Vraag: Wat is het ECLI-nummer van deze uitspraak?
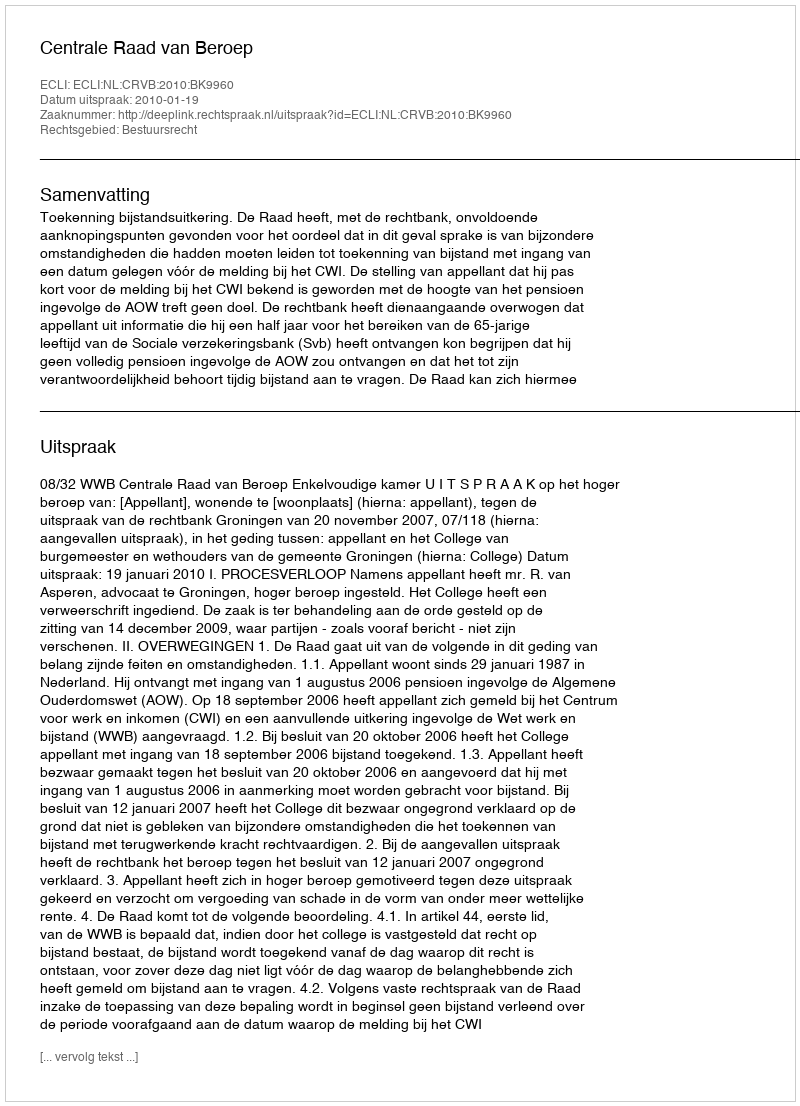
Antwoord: ECLI:NL:CRVB:2010:BK9960